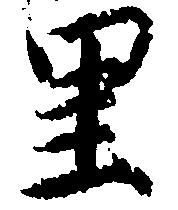
里